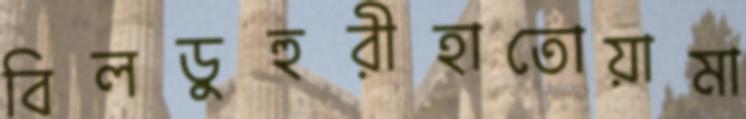
বিলডুহুরীহাতোয়ামা